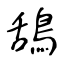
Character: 鴰